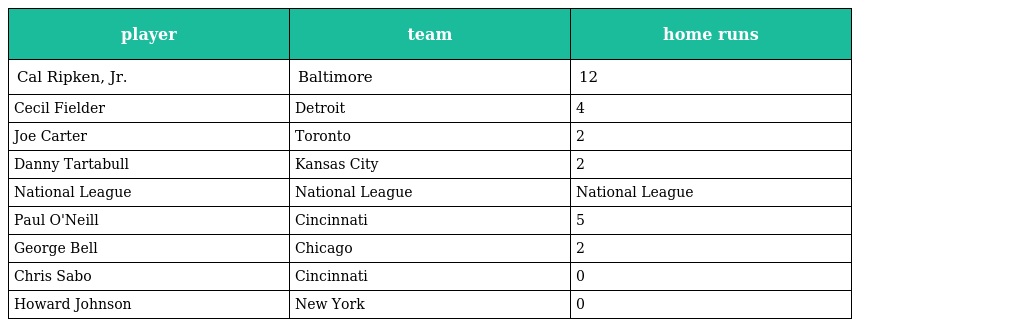
| player | team | home runs |
 | --- | --- | --- |
 | Cal Ripken, Jr. | Baltimore | 12 |
 | Cecil Fielder | Detroit | 4 |
 | Joe Carter | Toronto | 2 |
 | Danny Tartabull | Kansas City | 2 |
 | National League | National League | National League |
 | Paul O'Neill | Cincinnati | 5 |
 | George Bell | Chicago | 2 |
 | Chris Sabo | Cincinnati | 0 |
 | Howard Johnson | New York | 0 |